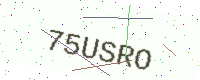
Text: 75USRO